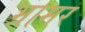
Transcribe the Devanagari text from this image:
भ्रामर